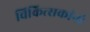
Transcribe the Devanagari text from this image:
चिकित्सकांनी